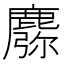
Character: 𪋈